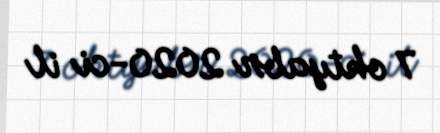
7 oktyabr 2020-ci il